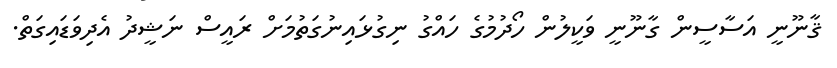
ޤާނޫނީ އަސާސީން ގާނޫނީ ވަކީލުން ހޯދުމުގެ ހައްގު ނިގުޅައިނުގަތުމަށް ރައީސް ނަޝީދު އެދިވަޑައިގަތް.